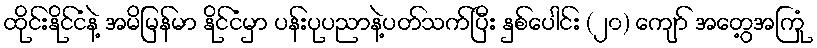
ထိုင်းနိုင်ငံနဲ့ အမိမြန်မာ နိုင်ငံမှာ ပန်းပုပညာနဲ့ပတ်သက်ပြီး နှစ်ပေါင်း (၂၀) ကျော် အတွေ့အကြုံ